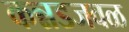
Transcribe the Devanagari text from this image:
कन्नडजवळ